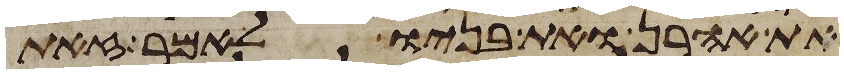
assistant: את אהרן ואת בניו לאמר זאת